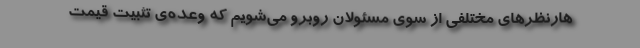
هارنظرهای مختلفی از سوی مسئولان روبرو می‌شویم که وعده‌ی تثبیت قیمت